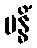
ဗန္ဓိံ